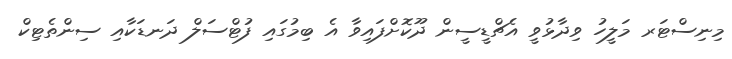
މިނިސްޓަރ މަލީހު ވިދާޅުވީ އެޗްޑީސީން ދޫކޮށްފައިވާ އެ ބިމުގައި ފުޓްސަލް ދަނޑަކާއި ސިންތެޓިކް